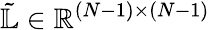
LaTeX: \tilde{\mathbb{L}}\in\mathbb{R}^{(N-1)\times(N-1)}